65_HS1-834228961_62-HQ-83894_Section_6
Agency: FBI
Page 163
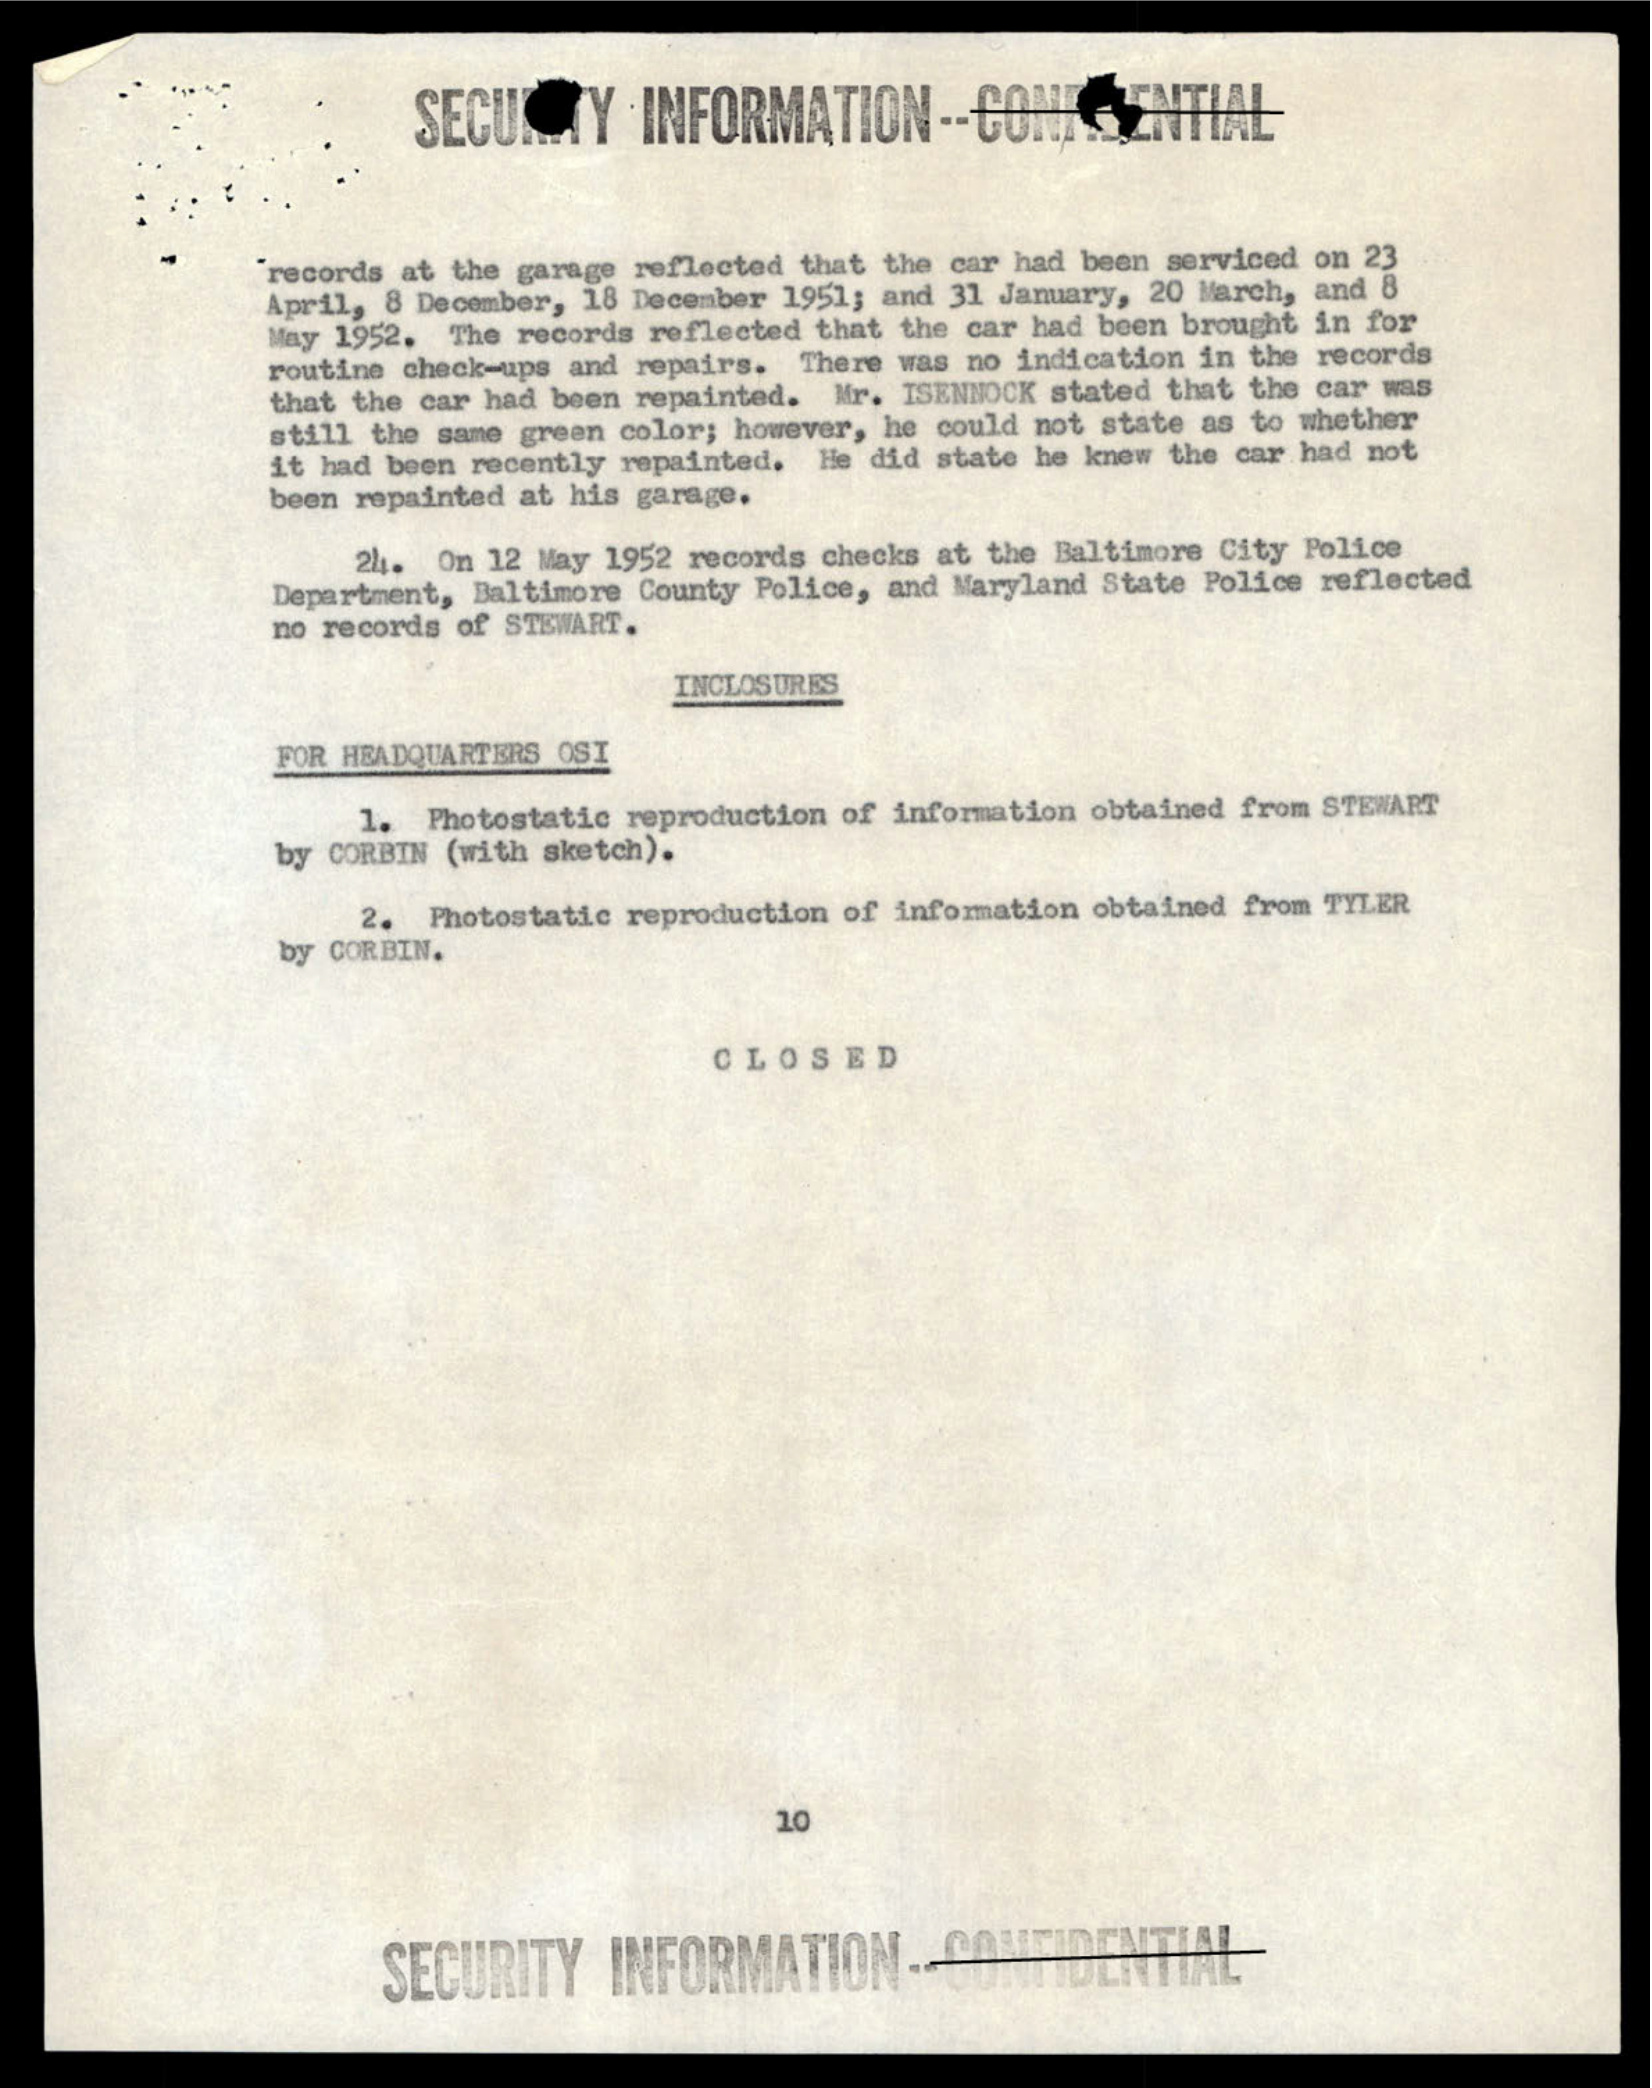